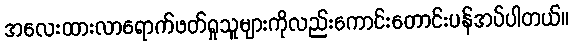
အလေးထားလာရောက်ဖတ်ရှုသူများကိုလည်းကောင်းတောင်းပန်အပ်ပါတယ်။